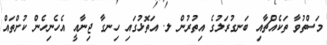
މަސްތުވާ ތަކެއްޗާއި ބަނގުރަލުގެ އިތުރުން ލ. އަތޮޅުގައި ހިނގާ ޖިނާއީ އެހެނިހެން ކުށްތައް